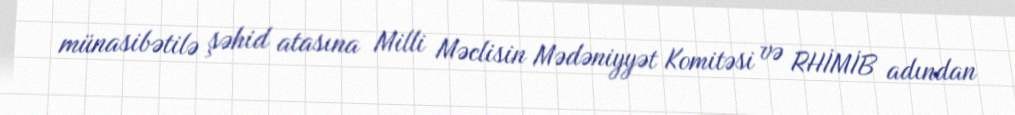
münasibətilə şəhid atasına Milli Məclisin Mədəniyyət Komitəsi və RHİMİB adından